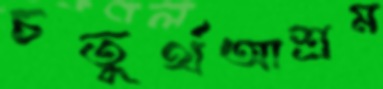
চতুর্থআশ্রম